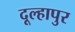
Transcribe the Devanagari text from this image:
दूल्हापुर